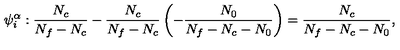
\psi _ { i } ^ { \alpha } : \frac { N _ { c } } { N _ { f } - N _ { c } } - \frac { N _ { c } } { N _ { f } - N _ { c } } \left( - \frac { N _ { 0 } } { N _ { f } - N _ { c } - N _ { 0 } } \right) = \frac { N _ { c } } { N _ { f } - N _ { c } - N _ { 0 } } ,